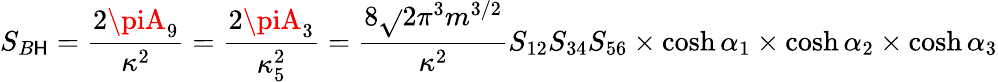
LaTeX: S_{B\mathsf{H}}=\frac{{2\piA_{9}}}{{\kappa^{2}}}=\frac{{2\piA_{3}}}{{\kappa_{5}^{2}}}=\frac{{8\sqrt{}{{2}}\pi^{3}m^{3/2}}}{{\kappa^{2}}}S_{12}S_{34}S_{56}\times\cosh\alpha_{1}\times\cosh\alpha_{2}\times\cosh\alpha_{3}